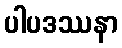
ပါပဒဿနာ